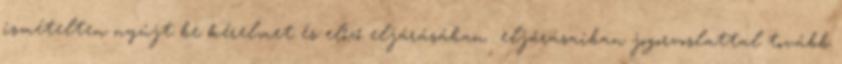
ismételten nyújt be kérelmet és előző eljárásában eljárásaiban jogorvoslattal tovább